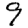
Digit: 9